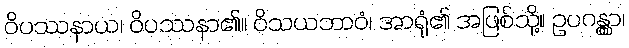
ဝိပဿနာယ၊ ဝိပဿနာ၏။ ဝိသယဘာဝံ၊ အာရုံ၏ အဖြစ်သို့။ ဥပဂန္တွာ၊